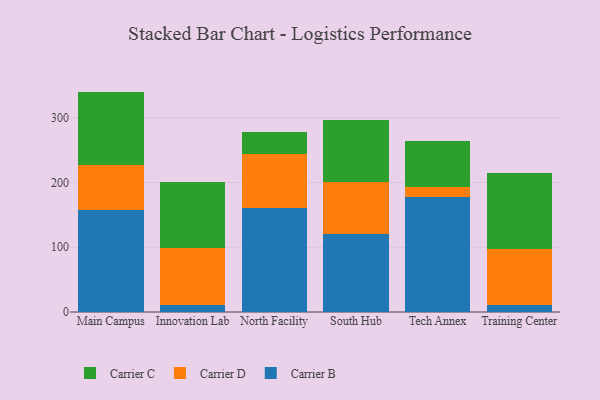
{"axis": {"x": "Campus", "y": "Page Views"}, "legend": ["Carrier B", "Carrier C", "Carrier D"], "data": [{"x": "Main Campus", "y": 158.3, "type": "Carrier B"}, {"x": "Main Campus", "y": 69.5, "type": "Carrier D"}, {"x": "Main Campus", "y": 112.7, "type": "Carrier C"}, {"x": "Innovation Lab", "y": 10.2, "type": "Carrier B"}, {"x": "Innovation Lab", "y": 88.8, "type": "Carrier D"}, {"x": "Innovation Lab", "y": 101.7, "type": "Carrier C"}, {"x": "North Facility", "y": 161.2, "type": "Carrier B"}, {"x": "North Facility", "y": 82.9, "type": "Carrier D"}, {"x": "North Facility", "y": 34.3, "type": "Carrier C"}, {"x": "South Hub", "y": 120.6, "type": "Carrier B"}, {"x": "South Hub", "y": 80.7, "type": "Carrier D"}, {"x": "South Hub", "y": 94.7, "type": "Carrier C"}, {"x": "Tech Annex", "y": 177.4, "type": "Carrier B"}, {"x": "Tech Annex", "y": 15.8, "type": "Carrier D"}, {"x": "Tech Annex", "y": 71.7, "type": "Carrier C"}, {"x": "Training Center", "y": 10.5, "type": "Carrier B"}, {"x": "Training Center", "y": 87.2, "type": "Carrier D"}, {"x": "Training Center", "y": 117.8, "type": "Carrier C"}]}